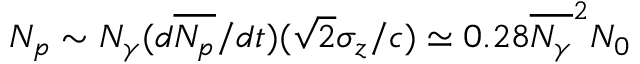
N _ { p } \sim N _ { \gamma } ( d \overline { { N _ { p } } } / d t ) ( \sqrt { 2 } \sigma _ { z } / c ) \simeq 0 . 2 8 \overline { { N _ { \gamma } } } ^ { 2 } N _ { 0 }